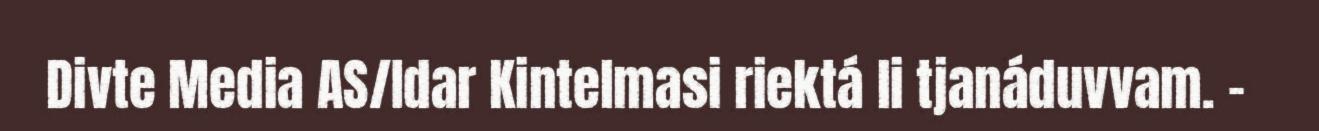
Divte Media AS/Idar Kintelmasi riektá li tjanáduvvam. -